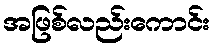
အဖြစ်လည်းကောင်း